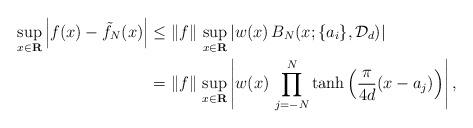
LaTeX: \begin{align*}\sup_{x \in \mathbf{R}} \left| f(x) - \tilde{f}_{N}(x) \right|& \leq\| f \| \, \sup_{x \in \mathbf{R}} \left|w(x)\, B_{N} (x; \{ a_{i} \}, \mathcal{D}_{d})\right| \\& = \| f \| \, \sup_{x \in \mathbf{R}} \left|w(x)\, \prod_{j = -N}^{N} \tanh \left( \frac{\pi}{4d} (x - a_{j}) \right) \right|, \end{align*}